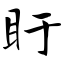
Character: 盱